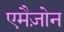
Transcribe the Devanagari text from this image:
एमैज़ोन